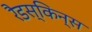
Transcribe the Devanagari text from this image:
रैडस्किन्स